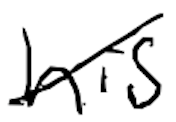
Text: his
Cross-out: diagonal
Writing tool: digital_black